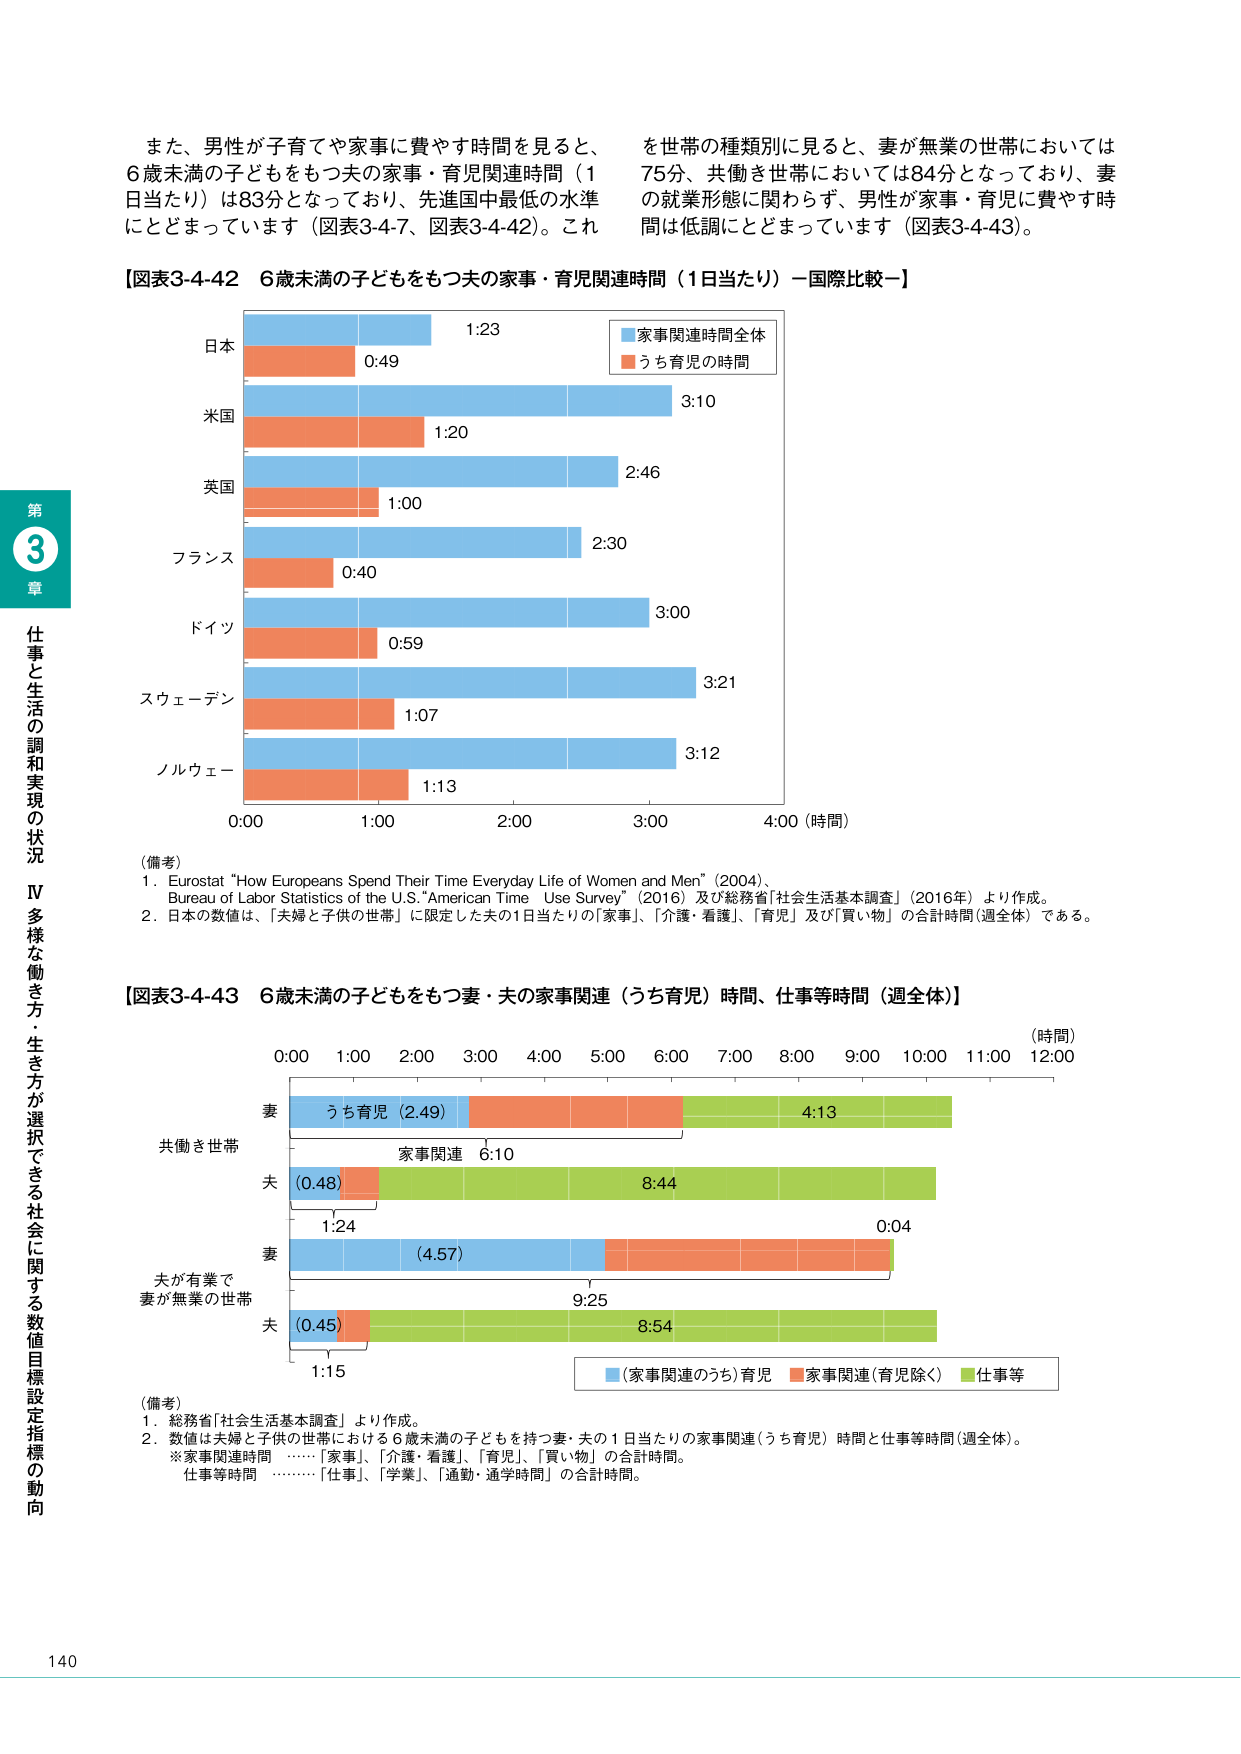
また、男性が子育てや家事に費やす時間を見ると、
6歳未満の子どもをもつ夫の家事・育児関連時間（1日当たり）は83分となっており、先進国中最低の水準にとどまっています（図表3-4-7、図表3-4-42）。これ
を世帯の種類別に見ると、妻が無業の世帯においては75分、共働き世帯においては84分となっており、妻の就業形態に関わらず、男性が家事・育児に費やす時間は低調にとどまっています（図表3-4-43）。

【図表3-4-42 6歳未満の子どもをもつ夫の家事・育児関連時間（1日当たり）－国際比較－】

日本
1:23
0:49

米国
3:10
1:20

英国
2:46
1:00

フランス
2:30
0:40

ドイツ
3:00
0:59

スウェーデン
3:21
1:07

ノルウェー
3:12
1:13

0:00 1:00 2:00 3:00 4:00（時間）

（備考）
1. Eurostat "How Europeans Spend Their Time Everyday Life of Women and Men" (2004)、
Bureau of Labor Statistics of the U.S. "American Time Use Survey" (2016) 及び総務省「社会生活基本調査」（2016年）より作成。
2. 日本の数値は、「夫婦と子供の世帯」に限定した夫の1日当たりの「家事」、「介護・看護」、「育児」及び「買い物」の合計時間（週全体）である。

【図表3-4-43 6歳未満の子どもをもつ妻・夫の家事関連（うち育児）時間、仕事等時間（週全体）】

（時間）
0:00 1:00 2:00 3:00 4:00 5:00 6:00 7:00 8:00 9:00 10:00 11:00 12:00

共働き世帯
妻
うち育児（2.49）
4:13
家事関連 6:10
夫
（0.48）
8:44
1:24
0:04

夫が有業で
妻が無業の世帯
妻
（4.57）
9:25
夫
（0.45）
8:54
1:15

（家事関連のうち）育児
家事関連（育児除く）
仕事等

（備考）
1. 総務省「社会生活基本調査」より作成。
2. 数値は夫婦と子供の世帯における6歳未満の子どもを持つ妻・夫の1日当たりの家事関連（うち育児）時間と仕事等時間（週全体）。
※家事関連時間 ……「家事」、「介護・看護」、「育児」、「買い物」の合計時間。
仕事等時間 ……「仕事」、「学業」、「通勤・通学時間」の合計時間。

第3章
仕事と生活の調和実現の状況
IV 多様な働き方・生き方が選択できる社会に関する数値目標設定指標の動向

140